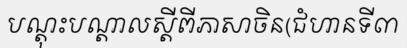
បណ្តុះបណ្តាលស្តីពីភាសាចិន(ជំហានទី៣